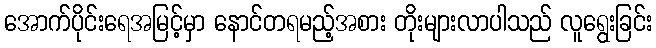
အောက်ပိုင်းရေအမြင့်မှာ နောင်တရမည့်အစား တိုးများလာပါသည် လူရွေးခြင်း